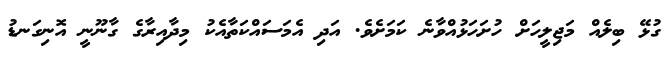
ގުޅޭ ބިލެއް މަޖިލީހަށް ހުށަހަޅުއްވާނެ ކަމަށެވެ. އަދި އެމަސައްކަތާއެކު މިދާއިރާގެ ގާނޫނީ އޮނިގަނޑު